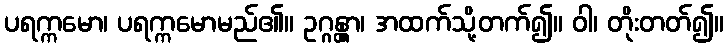
ပရက္ကမော၊ ပရက္ကမောမည်၏။ ဥဂ္ဂန္တွာ၊ အထက်သို့တက်၍။ ဝါ၊ တိုးတတ်၍။